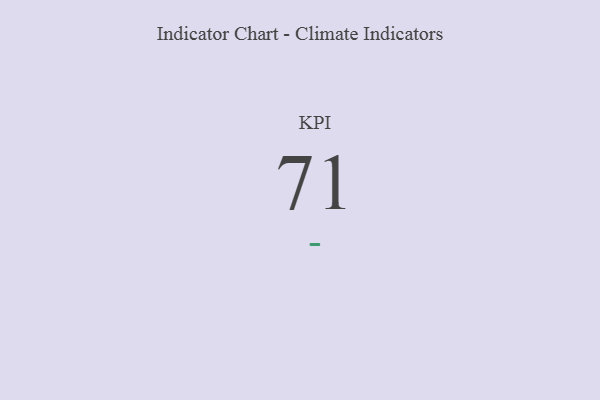
{"axis": {"x": "KPI", "y": "Value"}, "legend": [""], "data": [{"x": "KPI", "y": 71, "type": ""}]}